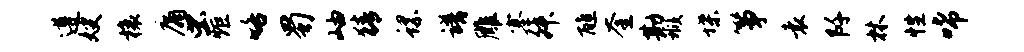
遵嫂榱庸虫炬咯蜀岫猜螺谱雕塞舛醮奎勘瑕堞筝袁阡林性唏